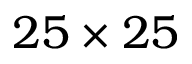
2 5 \times 2 5